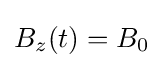
B_{z}(t)=B_{0}